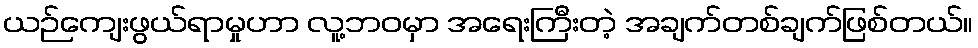
ယဉ်ကျေးဖွယ်ရာမှုဟာ လူ့ဘဝမှာ အရေးကြီးတဲ့ အချက်တစ်ချက်ဖြစ်တယ်။